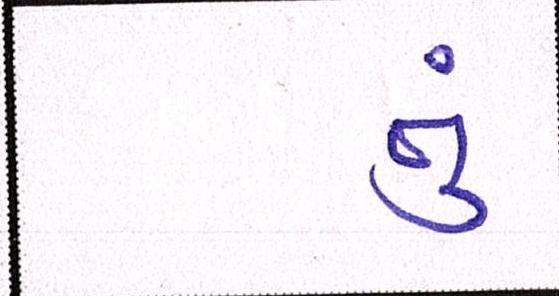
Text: તું